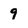
Character: 9